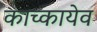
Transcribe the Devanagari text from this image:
काच्कायेव